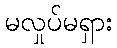
မလှုပ်မရှား